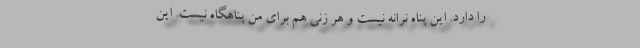
را دارد. این پناه نرانه نیست و هر زنی هم برای من پناهگاه نیست. این